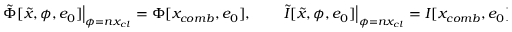
\left. \tilde { \Phi } [ \tilde { x } , \phi , e _ { 0 } ] \right| _ { \phi = n x _ { c l } } = \Phi [ x _ { c o m b } , e _ { 0 } ] , \qquad \left. \tilde { I } [ \tilde { x } , \phi , e _ { 0 } ] \right| _ { \phi = n x _ { c l } } = I [ x _ { c o m b } , e _ { 0 } ] .